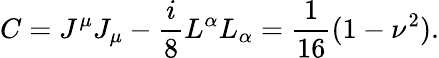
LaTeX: C=J^{\mu}J_{\mu}-\frac{i}{8}L^{\alpha}L_{\alpha}=\frac{1}{16}(1-\nu^{2}).